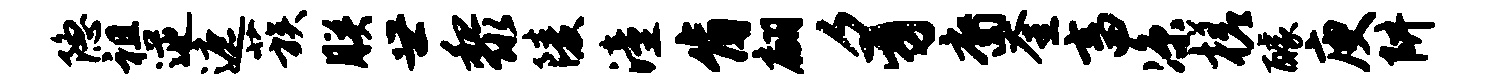
隐祖逆遮蔟朕世黎陵潼肯翩豸裔奎畜凉槎醵庾阱